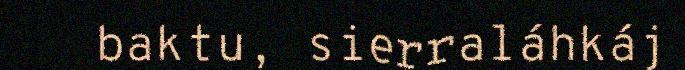
baktu, sierraláhkáj